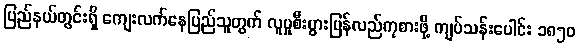
ပြည်နယ်တွင်းရှိ ကျေးလက်နေပြည်သူတွက် လူမှုစီးပွားပြန်လည်ကုစားဖို့ ကျပ်သန်းပေါင်း ၁၈၅၀